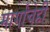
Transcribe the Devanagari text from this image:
मार्गांचेही